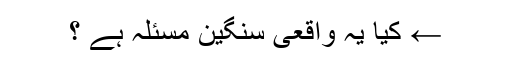
← کیا یہ واقعی سنگین مسئلہ ہے ؟